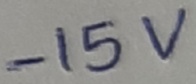
Text: -15V